Sanitation, dispensaries and jails vaccination Rajputana 1922-1927 - 1922-1927
Year: 1922
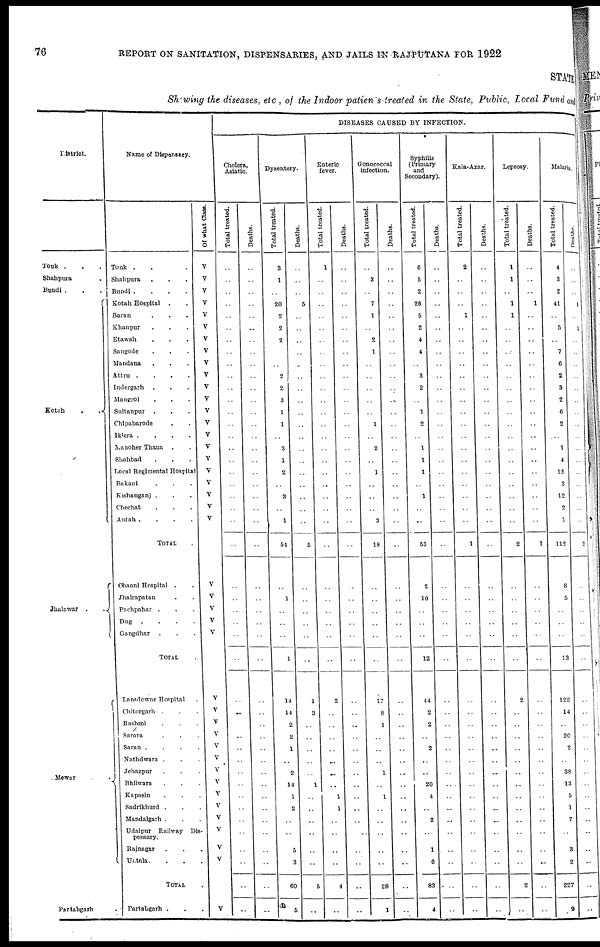
76
REPORT ON SANITATION, DISPENSARIES, AND JAILS IN RAJPUTANA FOR 1922
STATE
Showing the diseases, etc , of the Indoor patients treated in the State, Public, Local Fund and
District.
Tonk ...
Shahpura .
Bundi ...
Kotah
..
Jhalawar
..
Mewar
..
Partabgarh .
Name of Dispensary.
Tonk ...
Shahpura...
Bundi .
.
.
.
Kotah Hospital ..
Baran
...
Khanpur ...
Etawah ...
Sangode ...
Mandana...
Attru
.
.
.
.
Indergarh ...
Mangrol ...
Sultanpur ...
Chipabarode ...
Iklera .
.
.
.
Manoher Thana ..
Shahbad ...
Local Regimental Hospital
Bakani ...
Kishanganj ...
Chechat ...
Antah .
.
.
.
TOTAL.
Chaoni Hospital ..
Jhalrapatan ...
Pachpahar ...
Dug
.
.
.
.
Gangdhar ...
TOTAL .
Lansdowne Hospital.
Chitorgarh ...
Rashmi ...
Sarara ...
Saran .
.
.
.
Nathdwara ...
Jehazpur ...
Bhilwara ...
Kapasin ...
Sadrikhurd ...
Mandalgarh ...
Udaipur Railway Dis-
pensary.
Rajnagar ...
Untala...
TOTAL .
Partabgarh ...
Of what Class.
V
V
V
V
V
V
V
V
V
V
V
V
V
V
V
V
V
V
V
V
V
V
V
V
V
V
V
V
V
V
V
V
V
V
V
V
V
V
V
V
V
V
DISEASES CAUSED BY INFECTION.
Cholera
Asiatic.
Total treated.
..
..
..
..
..
..
..
..
..
..
..
..
..
..
..
..
..
..
..
..
..
..
..
..
..
..
..
..
..
..
..
..
..
..
..
..
..
..
..
..
..
..
..
..
..
Deaths.
..
..
..
..
..
..
..
..
..
..
..
..
..
..
..
..
..
..
..
..
..
..
..
..
..
..
..
..
..
..
..
..
..
..
..
..
..
..
..
..
..
..
..
..
..
Dysentery.
Total treated.
3
1
..
20
2
2
2
..
..
2
2
3
1
1
..
3
1
2
..
3
..
1
54
..
1
..
..
..
1
14
14
2
2
1
..
2
14
1
2
..
..
5
3
60
5
Deaths.
..
..
..
5
..
..
..
..
..
..
..
..
..
..
..
..
..
..
..
..
..
..
5
..
..
..
..
..
..
1
3
..
..
..
..
..
1
..
..
..
..
..
..
5
..
Enteric
fever.
Total treated.
1
..
..
..
..
..
..
..
..
..
..
..
..
..
..
..
..
..
..
..
..
..
..
..
..
..
..
..
..
2
..
..
..
..
..
..
..
1
1
..
..
..
..
4
..
Deaths.
..
..
..
..
..
..
..
..
..
..
..
..
..
..
..
..
..
..
..
..
..
..
..
..
..
..
..
..
..
..
..
..
..
..
..
..
..
..
..
..
..
..
..
..
..
Gonococcal
infection.
Total treated.
..
3
..
7
1
..
2
1
..
..
..
..
..
1
..
2
..
1
..
..
..
3
18
..
..
..
..
..
..
17
8
1
..
..
..
1
..
1
..
..
..
..
..
28
1
Deaths.
..
..
..
..
..
..
..
..
..
..
..
..
..
..
..
..
..
..
..
..
..
..
..
..
..
..
..
..
..
..
..
..
..
..
..
..
..
..
..
..
..
..
..
..
..
Syphilis
(Primary
and
Secondary).
Total treated.
6
5
2
26
5
2
4
4
..
3
2
..
1
2
..
1
1
1
..
1
..
..
53
2
10
..
..
..
12
44
2
2
..
2
..
..
20
4
..
2
..
1
6
83
4
Deaths.
..
..
..
..
..
..
..
..
..
..
..
..
..
..
..
..
..
..
..
..
..
..
..
..
..
..
..
..
..
..
..
..
..
..
..
..
..
..
..
..
..
..
..
..
..
Kala-Azar.
Total treated.
2
..
..
..
1
..
..
..
..
..
..
..
..
..
..
..
..
..
..
..
..
..
1
..
..
..
..
..
..
..
..
..
..
..
..
..
..
..
..
..
..
..
..
..
..
Deaths.
..
..
..
..
..
..
..
..
..
..
..
..
..
..
..
..
..
..
..
..
..
..
..
..
..
..
..
..
..
..
..
..
..
..
..
..
..
..
..
..
..
..
..
..
..
Leprosy.
Total treated.
1
1
..
1
1
..
..
..
..
..
..
..
..
..
..
..
..
..
..
..
..
..
2
..
..
..
..
..
..
2
..
..
..
..
..
..
..
..
..
..
..
..
..
2
..
Deaths.
..
..
..
1
..
..
..
..
..
..
..
..
..
..
..
..
..
..
..
..
..
..
1
..
..
..
..
..
..
..
..
..
..
..
..
..
..
..
..
..
..
..
..
..
..
Malaria.
Total treated.
4
3
2
41
..
5
..
7
6
2
3
2
6
2
..
1
4
15
3
12
2
1
112
8
5
..
..
..
13
122
14
..
20
2
..
38
13
5
1
7
..
3
2
227
9
Deaths.
..
..
..
1
..
1
..
..
..
..
..
..
..
..
..
..
..
..
..
..
..
..
2
..
..
..
..
..
..
..
..
..
..
..
..
..
..
..
..
..
..
..
..
..
..